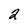
Character: 2